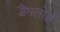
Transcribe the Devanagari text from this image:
बैंगलोर्ड